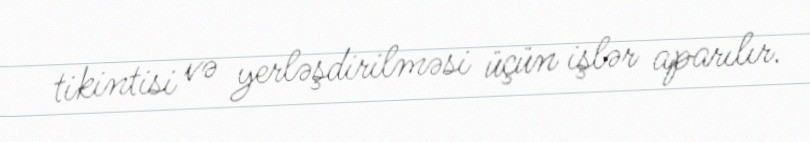
tikintisi və yerləşdirilməsi üçün işlər aparılır.